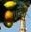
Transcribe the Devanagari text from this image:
तल्मा